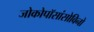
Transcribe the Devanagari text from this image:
जोकोपॉसांसोविनो